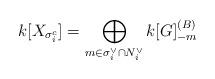
LaTeX: \begin{align*}k[X_{\sigma_i^c}] = \bigoplus_{m\in\sigma_i^\vee\cap N_i^\vee} k[G]^{(B)}_{-m}\end{align*}